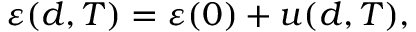
\varepsilon ( d , T ) = \varepsilon ( 0 ) + u ( d , T ) ,